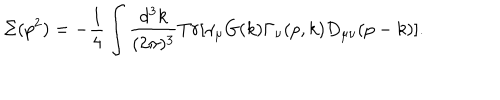
LaTeX: \Sigma ( p ^ { 2 } ) = - \frac { 1 } { 4 } \int \frac { d ^ { 3 } k } { ( 2 \pi ) ^ { 3 } } T r \lbrack \gamma _ { \mu } G ( k ) \Gamma _ { \nu } ( p , k ) D _ { \mu \nu } ( p - k ) \rbrack .